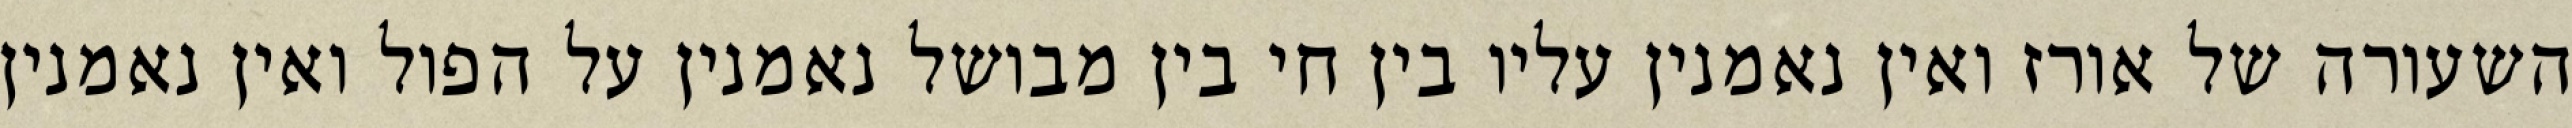
השעורה של אורז ואין נאמנין עליו בין חי בין מבושל נאמנין על הפול ואין נאמנין